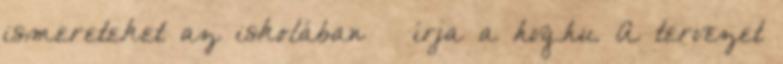
ismereteket az iskolában – írja a hvg.hu. A tervezet